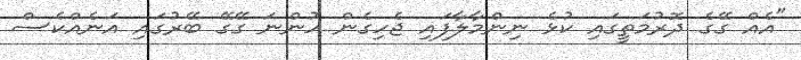
"އެއް ގޭގެ ދޮރުމަތީގައި ކުޅެ ނިންމާލާފައި ޖެހިގެން ހުންނަ ގޭގޭ ބޭރުގައި އަނެއްކެސް